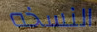
النسخه